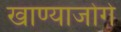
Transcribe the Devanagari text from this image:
खाण्याजोगे